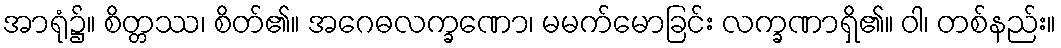
အာရုံ၌။ စိတ္တဿ၊ စိတ်၏။ အဂေဓလက္ခဏော၊ မမက်မောခြင်း လက္ခဏာရှိ၏။ ဝါ၊ တစ်နည်း။